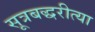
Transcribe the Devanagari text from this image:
सूत्रबद्धरीत्या